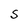
Character: S